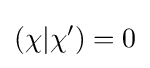
(\chi |\chi ')=0